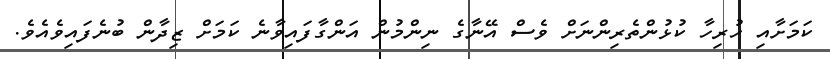
ކަމަށާއި ހުރިހާ ކުޅުންތެރިންނަށް ވެސް އޭނާގެ ނިންމުން އަންގާފައިވާނެ ކަމަށް ޒިދާން ބުނެފައިވެއެވެ.